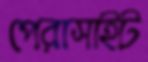
পেরাসাইট